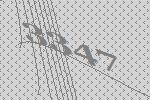
3347